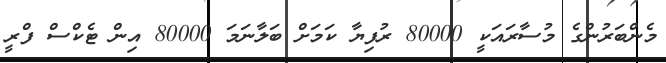
މެންބަރުންގެ މުސާރައަކީ 80000 ރުފިޔާ ކަމަށް ބަލާނަމަ 80000 އިން ޓެކްސް ފްރީ